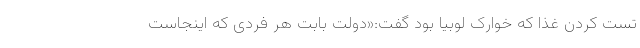
تست کردن غذا که خوارک لوبیا بود گفت:«دولت بابت هر فردی که اینجاست